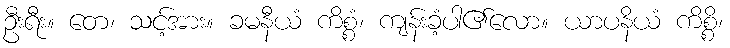
ဦးရီး။ တေ၊ သင့်အား။ ခမနီယံ ကိစ္စံ၊ ကျန်းခံ့ပါ၏လော။ ယာပနိယံ ကိစ္စိ၊